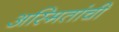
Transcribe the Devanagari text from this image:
अस्मितांची